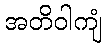
အတိဝါကျံ